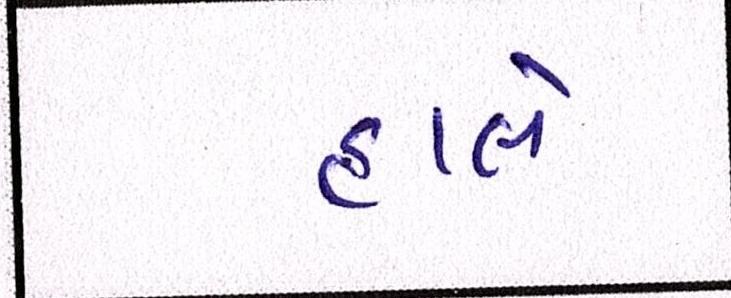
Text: હાલે